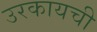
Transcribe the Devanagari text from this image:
उरकायची